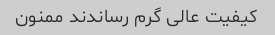
کیفیت عالی گرم رساندند ممنون